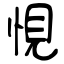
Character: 悓